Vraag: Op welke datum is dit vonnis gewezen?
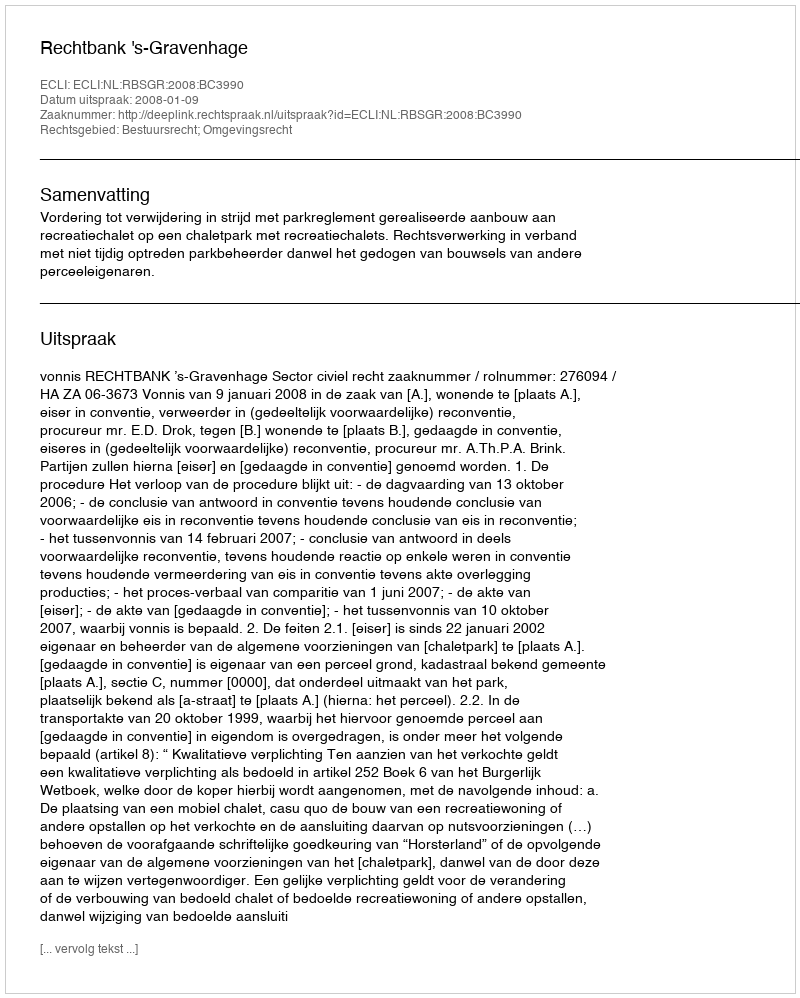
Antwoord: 2008-01-09